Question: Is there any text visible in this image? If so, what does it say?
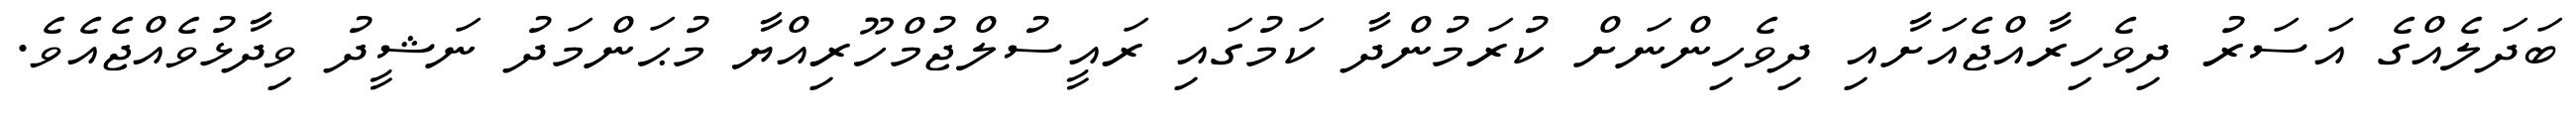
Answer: ބަދަލެއްގެ އަސަރު ދިވެހިރާއްޖެއަށާއި ދިވެހިންނަށް ކުރަމުންދާ ކަމުގައި ރައީސުލްޖުމްހޫރިއްޔާ މުޙަންމަދު ނަޝީދު ވިދާޅުވެއްޖެއެވެ.